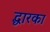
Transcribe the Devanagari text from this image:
द्धारका